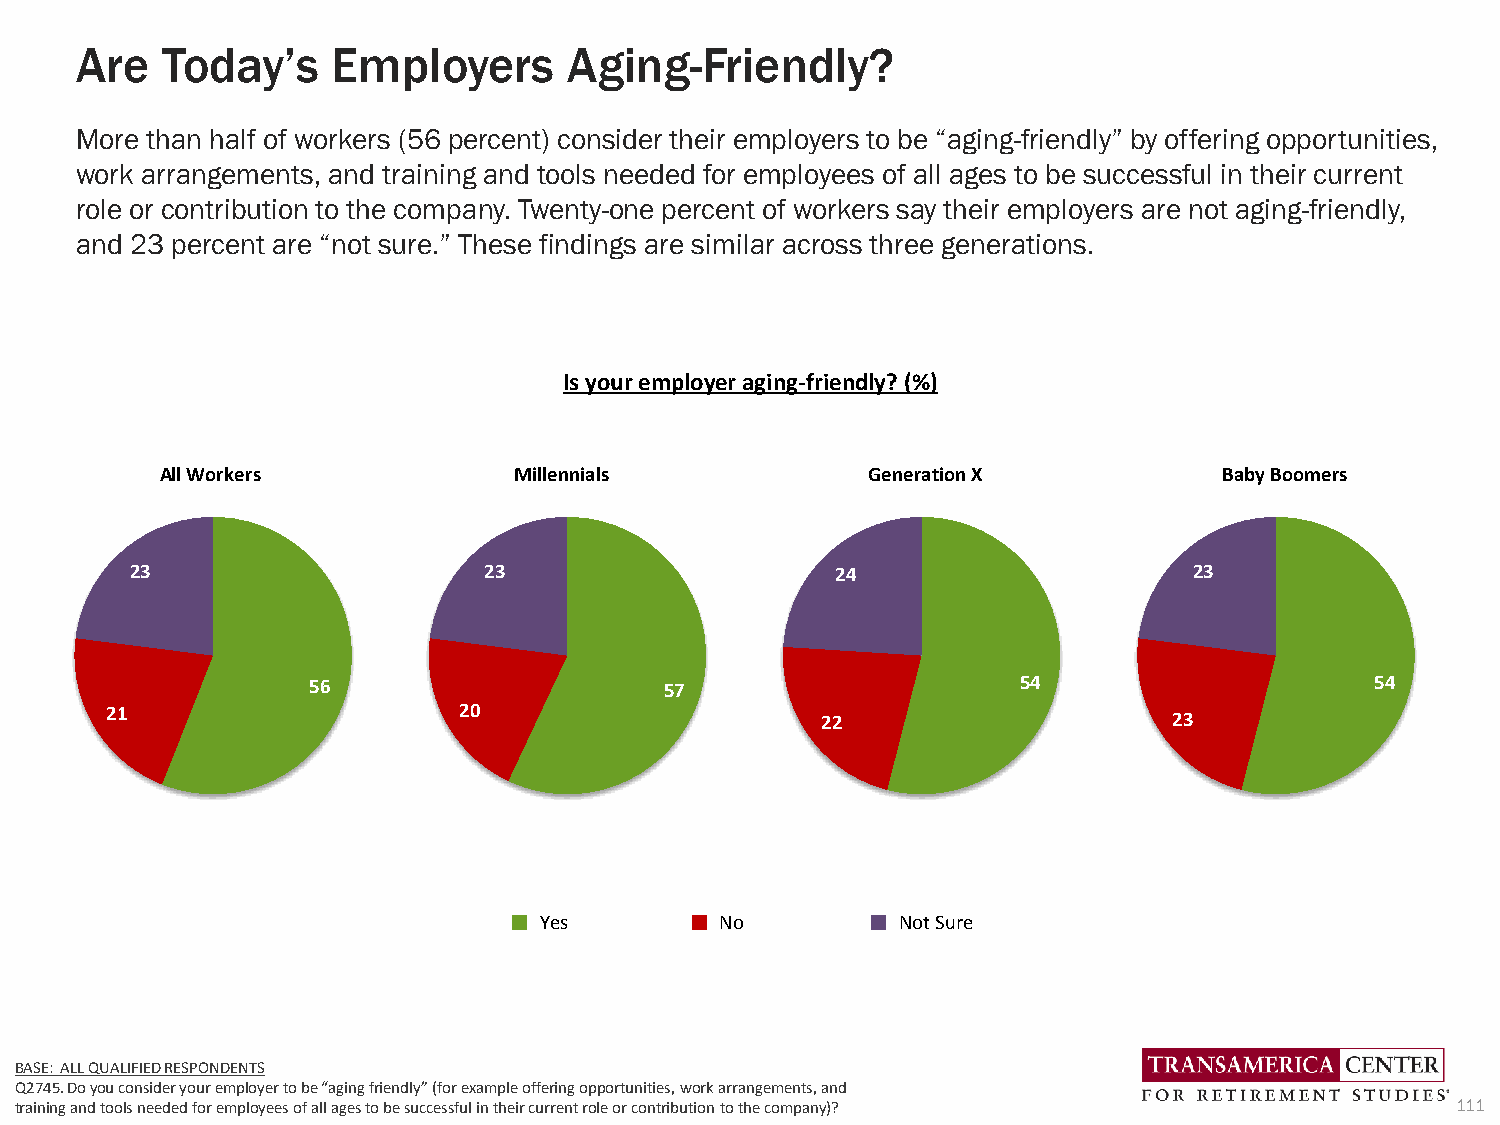
Are   Today’s    Employers       Aging-Friendly?
 More than half of workers (56 percent) consider their employers to be “aging-friendly” by offering opportunities,
 work arrangements, and training and tools needed for employees of all ages to be successful in their current
 role or contribution to the company. Twenty-one percent of workers say their employers are not aging-friendly,
 and 23 percent are “not sure.” These findings are similar across three generations.
 Is your employer aging-friendly? (%)
 All Workers            Millennials            Generation X            Baby Boomers
 23                     23                     24                      23
 56                      57                      54                     54
 21                     20                      22                      23
 Yes         No          Not Sure
 BASE: ALL QUALIFIED RESPONDENTS
 Q2745. Do you consider your employer to be “aging friendly” (for example offering opportunities, work arrangements, and
 training and tools needed for employees of all ages to be successful in their current role or contribution to the company)? 111